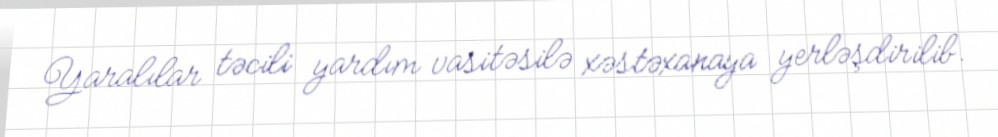
Yaralılar təcili yardım vasitəsilə xəstəxanaya yerləşdirilib.